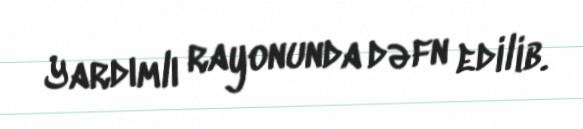
Yardımlı rayonunda dəfn edilib.